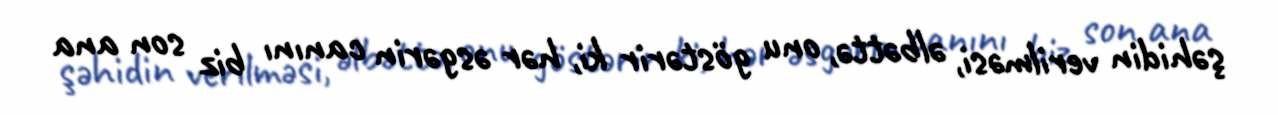
şəhidin verilməsi, əlbəttə, onu göstərir ki, hər əsgərin canını biz son ana